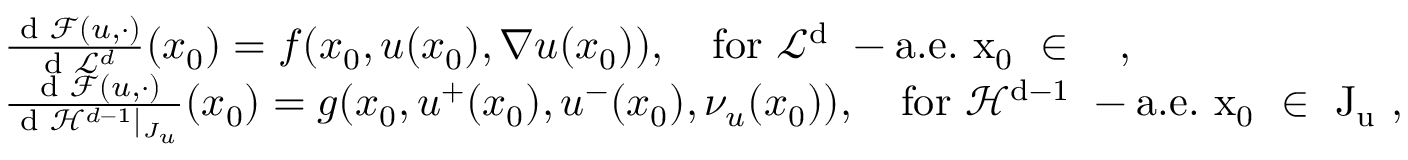
\begin{array} { r l } & { \frac { \textnormal { d } \mathcal { F } ( u , \cdot ) } { \textnormal { d } \mathcal { L } ^ { d } } ( x _ { 0 } ) = f ( x _ { 0 } , u ( x _ { 0 } ) , \nabla u ( x _ { 0 } ) ) , \ \ \ \mathrm { f o r ~ \mathcal { L } ^ d ~ - a . e . ~ x _ 0 ~ \in ~ \Omega ~ } , } \\ & { \frac { \textnormal { d } \mathcal { F } ( u , \cdot ) } { \textnormal { d } \mathcal { H } ^ { d - 1 } | _ { J _ { u } } } ( x _ { 0 } ) = g ( x _ { 0 } , u ^ { + } ( x _ { 0 } ) , u ^ { - } ( x _ { 0 } ) , \nu _ { u } ( x _ { 0 } ) ) , \ \ \ \mathrm { f o r ~ \mathcal { H } ^ { d - 1 } ~ - a . e . ~ x _ 0 ~ \in ~ J _ u ~ } , } \end{array}